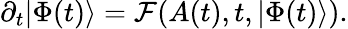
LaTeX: \partial_{t}|\Phi(t)\rangle=\mathcal{F}(A(t),t,|\Phi(t)\rangle).